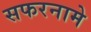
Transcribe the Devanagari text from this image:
सफरनामे